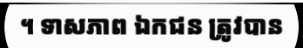
។ ទាសភាព ឯកជន ត្រូវបាន